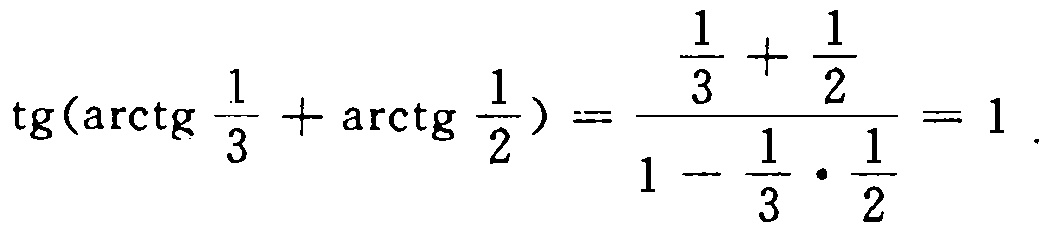
\(\operatorname{tg}(\arctg \frac{1}{3}+\arctg \frac{1}{2})=\frac{\frac{1}{3}+\frac{1}{2}}{1 - \frac{1}{3}\cdot\frac{1}{2}} = 1\)